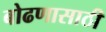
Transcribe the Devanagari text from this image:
बोढणासाठी